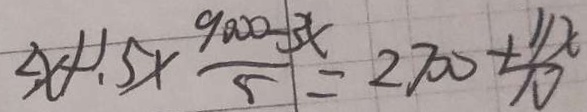
2 x + 1 . 5 \times \frac { 9 0 0 0 - 3 x } { 5 } = 2 7 0 0 + \frac { 1 1 x } { 1 0 }